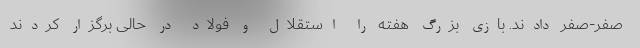
صفر-صفر دادند. بازی بزرگ هفته را استقلال و فولاد در حالی برگزار کردند